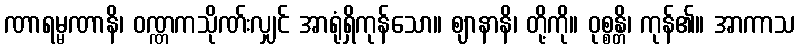
ဏာရမ္မဏာနိ၊ ဝဏ္ဏကသိုဏ်းလျှင် အာရုံရှိကုန်သော။ ဈာနာနိ၊ တို့ကို။ ဝုစ္စန္တိ၊ ကုန်၏။ အာကာသ